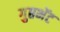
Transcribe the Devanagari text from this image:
गुप्तभेंट